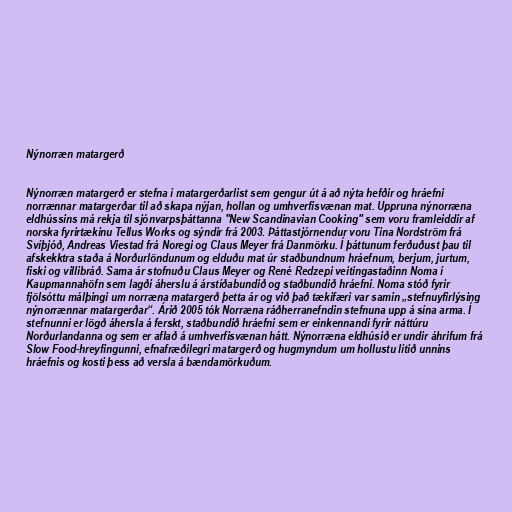
Nýnorræn matargerð

Nýnorræn matargerð er stefna í matargerðarlist sem gengur út á að nýta hefðir og hráefni
norrænnar matargerðar til að skapa nýjan, hollan og umhverfisvænan mat. Uppruna nýnorræna
eldhússins má rekja til sjónvarpsþáttanna "New Scandinavian Cooking" sem voru framleiddir af
norska fyrirtækinu Tellus Works og sýndir frá 2003. Þáttastjórnendur voru Tina Nordström frá
Svíþjóð, Andreas Viestad frá Noregi og Claus Meyer frá Danmörku. Í þáttunum ferðuðust þau til
afskekktra staða á Norðurlöndunum og elduðu mat úr staðbundnum hráefnum, berjum, jurtum,
fiski og villibráð. Sama ár stofnuðu Claus Meyer og René Redzepi veitingastaðinn Noma í
Kaupmannahöfn sem lagði áherslu á árstíðabundið og staðbundið hráefni. Noma stóð fyrir
fjölsóttu málþingi um norræna matargerð þetta ár og við það tækifæri var samin „stefnuyfirlýsing
nýnorrænnar matargerðar“. Árið 2005 tók Norræna ráðherranefndin stefnuna upp á sína arma. Í
stefnunni er lögð áhersla á ferskt, staðbundið hráefni sem er einkennandi fyrir náttúru
Norðurlandanna og sem er aflað á umhverfisvænan hátt. Nýnorræna eldhúsið er undir áhrifum frá
Slow Food-hreyfingunni, efnafræðilegri matargerð og hugmyndum um hollustu lítið unnins
hráefnis og kosti þess að versla á bændamörkuðum.